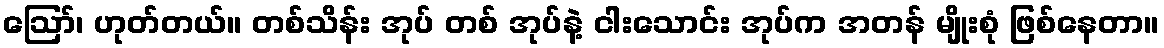
ဪ၊ ဟုတ်တယ်။ တစ်သိန်း အုပ် တစ် အုပ်နဲ့ ငါးသောင်း အုပ်က အတန် မျိုးစုံ ဖြစ်နေတာ။